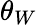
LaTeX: \theta_{W}